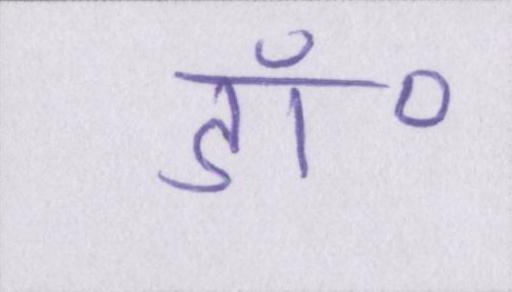
डॉ॰